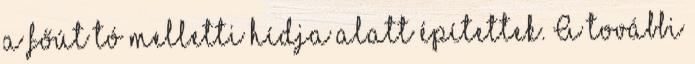
a főút tó melletti hídja alatt építettek. A további